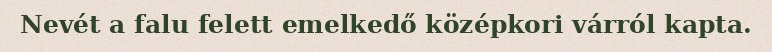
Nevét a falu felett emelkedő középkori várról kapta.